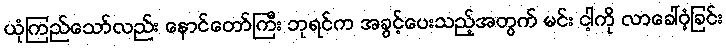
ယုံကြည်သော်လည်း နောင်တော်ကြီး ဘုရင်က အခွင့်ပေးသည့်အတွက် မင်း ငါ့ကို လာခေါ်ဝံ့ခြင်း